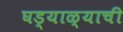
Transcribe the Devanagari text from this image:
घड्याळ्याची